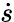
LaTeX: \dot{s}